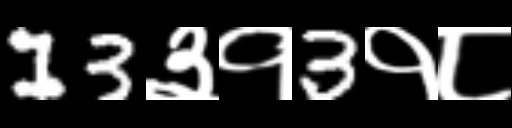
Text: 13३१3१८